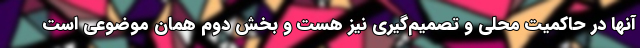
آنها در حاكميت محلي و تصميم‌گيري نيز هست و بخش دوم همان موضوعي است